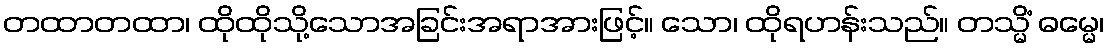
တထာတထာ၊ ထိုထိုသို့သောအခြင်းအရာအားဖြင့်။ သော၊ ထိုရဟန်းသည်။ တသ္မိံ ဓမ္မေ၊